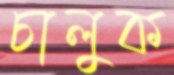
চালুক